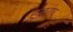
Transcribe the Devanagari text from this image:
हुडुगा